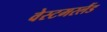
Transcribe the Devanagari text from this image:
वेस्टमरलैंड